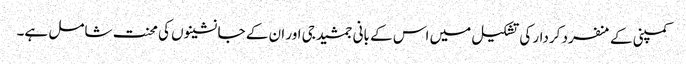
کمپنی کے منفرد کردار کی تشکیل میں اس کے بانی جمشید جی اور ان کے جانشینوں کی محنت شامل ہے۔